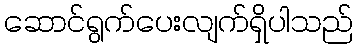
ဆောင်ရွက်ပေးလျက်ရှိပါသည်